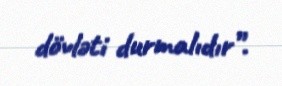
dövləti durmalıdır”.